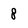
Character: 8